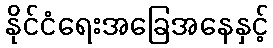
နိုင်ငံရေးအခြေအနေနှင့်